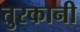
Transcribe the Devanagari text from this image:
तुरकानी